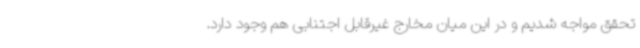
تحقق مواجه شدیم و در این میان مخارج غیرقابل اجتنابی هم وجود دارد.